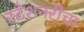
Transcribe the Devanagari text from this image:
स्टेशनरीचा